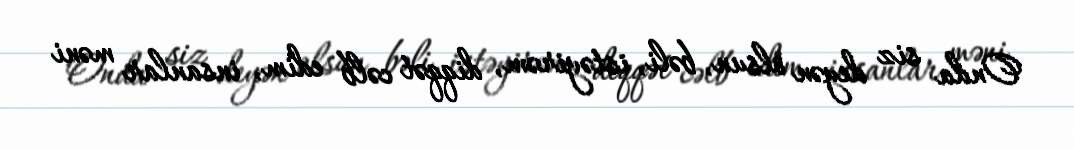
Onda siz deyən olsun, bəli, istəyirəm, diqqət cəlb edim, insanlar məni